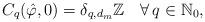
LaTeX: \begin{align*}C_q(\hat\varphi,0)=\delta_{q,d_m}\mathbb{Z}\quad\forall\, q\in\mathbb{N}_0,\end{align*}